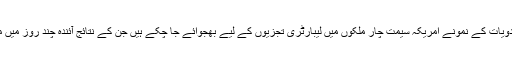
اُن کا کہنا ہے کہ ان ادویات کے نمونے امریکہ سیمت چار ملکوں میں لیبارٹری تجزیوں کے لیے بھجوائے جا چکے ہیں جن کے نتائج آئندہ چند روز میں موصول ہو جائیں گے۔